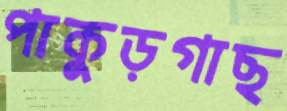
পাকুড়গাছ